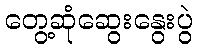
တွေ့ဆုံဆွေးနွေးပွဲ